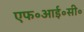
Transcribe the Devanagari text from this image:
एफ॰आई॰सी॰